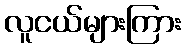
လူငယ်များကြား